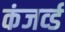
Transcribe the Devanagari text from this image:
कंजर्व्ड